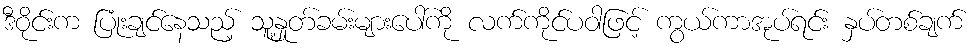
ဒီဝိုင်းက ပြုံးချင်နေသည့် သူ့နှုတ်ခမ်းများပေါ်ကို လက်ကိုင်ပဝါဖြင့် ကွယ်ကာအုပ်ရင်း နှပ်တစ်ချက်